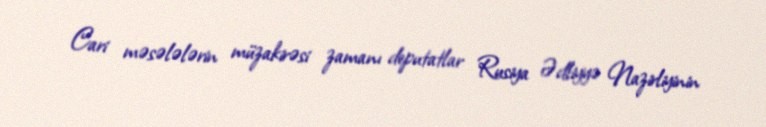
Cari məsələlərin müzakirəsi zamanı deputatlar Rusiya Ədliyyə Nazirliyinin